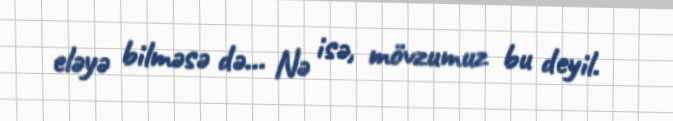
eləyə bilməsə də... Nə isə, mövzumuz bu deyil.